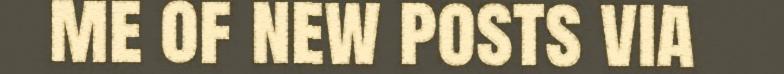
me of new posts via